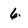
Character: 6